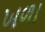
ખળા